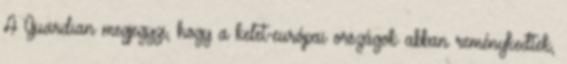
A Guardian megjegyzi, hogy a kelet-európai országok abban reménykedtek,